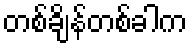
တစ်ချိန်တစ်ခါက